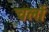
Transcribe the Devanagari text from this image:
चर्लो